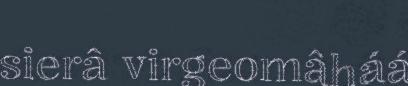
sierâ virgeomâháá